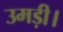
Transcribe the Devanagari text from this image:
उमड़ी।